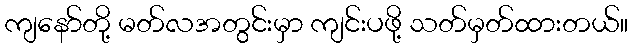
ကျနော်တို့ မတ်လအတွင်းမှာ ကျင်းပဖို့ သတ်မှတ်ထားတယ်။